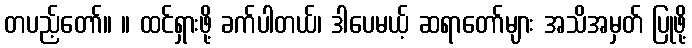
တပည့်တော်။ ။ ထင်ရှားဖို့ ခက်ပါတယ်၊ ဒါပေမယ့် ဆရာတော်များ အသိအမှတ် ပြုဖို့